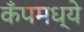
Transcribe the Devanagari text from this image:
कँपमध्ये